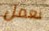
نعمل